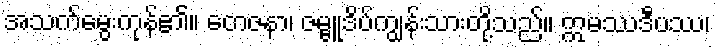
အသက်မွေးကုန်၏။ တေဇနာ၊ ဇမ္ဗူဒိပ်ကျွန်းသားတို့သည်။ ဣမဿဒီပဿ၊